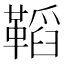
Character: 鞱